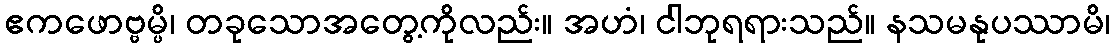
ဧကဖောဗ္ဗမ္ပိ၊ တခုသောအတွေ့ကိုလည်း။ အဟံ၊ ငါဘုရရားသည်။ နသမနုပဿာမိ၊